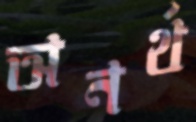
অনর্থ